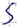
Text: S